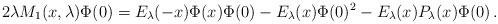
LaTeX: \begin{align*}2\lambda M_1(x,\lambda)\Phi(0)=E_\lambda(-x)\Phi(x)\Phi(0)-E_\lambda(x)\Phi(0)^2-E_\lambda(x)P_{\lambda}(x)\Phi(0)\,.\end{align*}